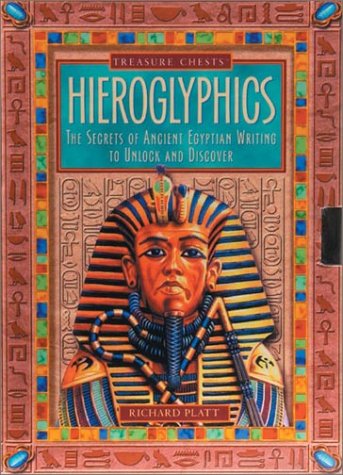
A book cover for Hieroglyphics (Treasure Chests); Richard Platt; Children's Books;